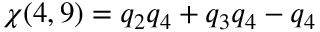
\chi ( 4 , 9 ) = q _ { 2 } q _ { 4 } + q _ { 3 } q _ { 4 } - q _ { 4 }